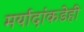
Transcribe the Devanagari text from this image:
मर्यादांकडेही